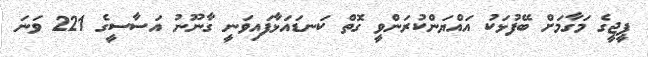
ޕީޖީގެ މަގާމަށް ބޭފުޅަކު އައްޔަންކުރަންވީ ގޮތް ކަނޑައަޅާފައިވަނީ ގާނޫނު އަސާސީގެ 221 ވަނަ